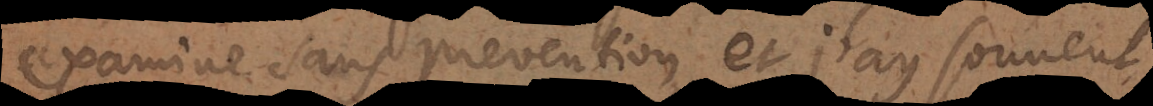
examine sans prevention, et j’ay souvent